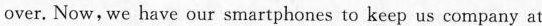
over. Now, we have our smartphones to keep us company at